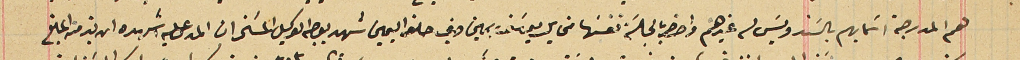
هم المدرجة اسَمايهم بالسَند وليسَ له غيرهم واحضر بالجلسَة نفسَها مخايل يوسَف يمين وفي حلفه اليمين شهد بوجه الوكيل المسَخر ان المدعى عليه اشهده ان بذمته المبلغ